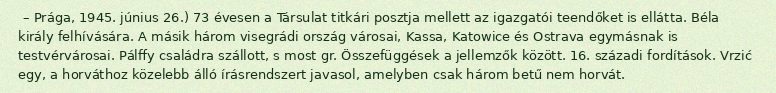
– Prága, 1945. június 26.) 73 évesen a Társulat titkári posztja mellett az igazgatói teendőket is ellátta. Béla király felhívására. A másik három visegrádi ország városai, Kassa, Katowice és Ostrava egymásnak is testvérvárosai. Pálffy családra szállott, s most gr. Összefüggések a jellemzők között. 16. századi fordítások. Vrzić egy, a horváthoz közelebb álló írásrendszert javasol, amelyben csak három betű nem horvát.